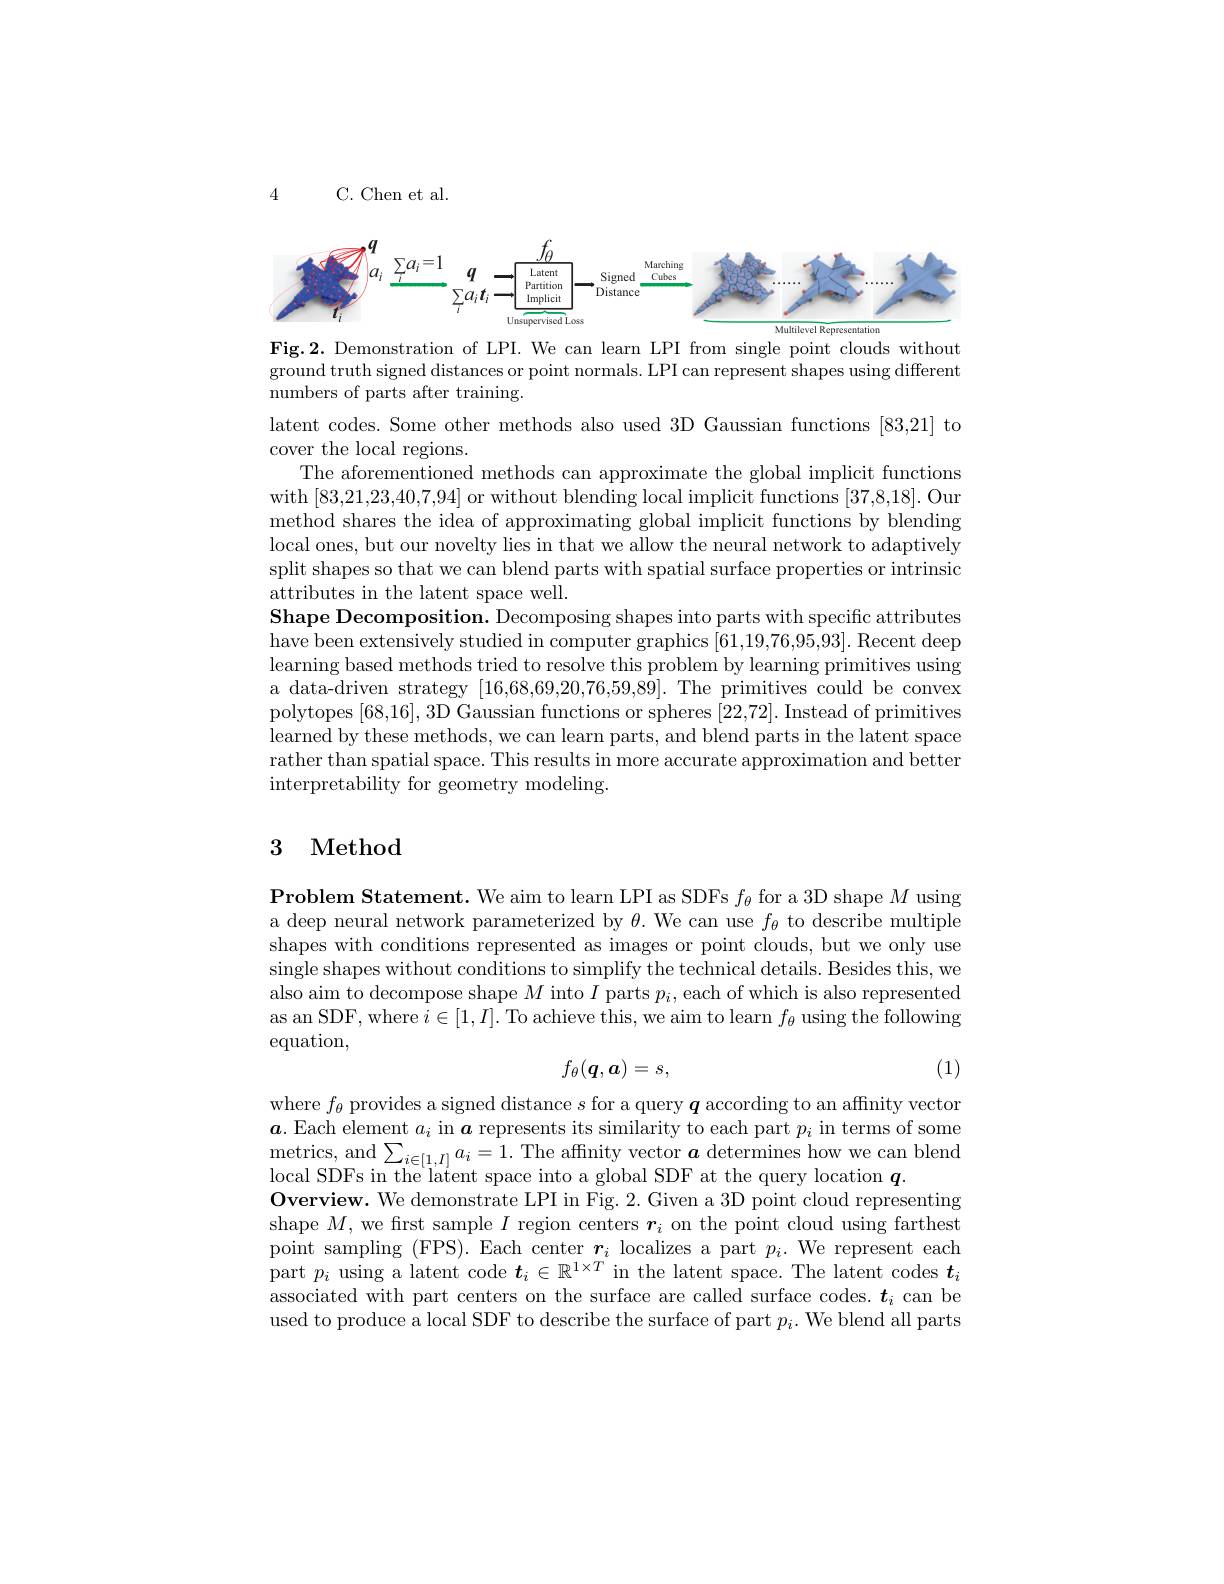
4

C. Chen et al
$$\begin{array}{ccccccccccccccccccccccccccccccccccccccccccccccccccccccccccccccccccccccccccccccccccccccccccccccc}\end{array}$$
latent codes. Some other methods also used 3D Gaussian functions [83,21] to

Fig.2. Demonstration of LPI. We can learn LPI from single point clouds without ground truth signed distances or point normals. LPI can represent shapes using different numbers of parts after training.
cover the local regions.
The aforementioned methods can approximate the global implicit functions with [83,21,23,40,7,94] or without blending local implicit functions [37,8,18]. Our method shares the idea of approximating global implicit functions by blending local ones, but our novelty lies in that we allow the neural network to adaptively split shapes so that we can blend parts with spatial surface properties or intrinsic attributes in the latent space well.
Shape Decomposition. Decomposing shapes into parts with specific attributes have been extensively studied in computer graphics [61,19,76,95,93]. Recent deep learning based methods tried to resolve this problem by learning primitives using a data-driven strategy [16,68,69,20,76,59,89]. The primitives could be convex polytopes [68,16],3D Gaussian functions or spheres [22,72]. Instead of primitives learned by these methods, we can learn parts, and blend parts in the latent space rather than spatial space. This results in more accurate approximation and better interpretability for geometry modeling.

# 3 Method

Problem Statement. We aim to learn LPI as SDFs $f_\theta$ for a 3D shape $M$ using a deep neural network parameterized by $\theta.$ We can use $f_\theta$ to describe multiple shapes with conditions represented as images or point clouds, but we only use single shapes without conditions to simplify the technical details. Besides this, we also aim to decompose shape $M$ into $I$ parts $p_i$,each of which is also represented as an SDF, where $i\in[1,I].$ To achieve this, we aim to learn $f_\theta$ using the following equation,

(1)
$$f_\theta(\boldsymbol{q},\boldsymbol{a})=s,$$
where $f_\theta$ provides a signed distance $s$ for a query $q$ according to an affinity vector $\boldsymbol{a}.$ Each element $a_i$ in $\boldsymbol{a}$ represents its similarity to each part $p_i$ in terms of some local SDFs in the latent space into a global SDF at the query location $q.$
$\textbf{Overview. We demonstrate LPI in Fig. 2. Given a 3D point cloud representing}$ shape $M$, we first sample $I$ region centers $\boldsymbol r_i$ on the point cloud using farthest point sampling (FPS). Each center $r_i$ localizes a part $p_i.$ We represent each part $p_i$ using a latent code $t_i\in\mathbb{R}^{1\times T}$ in the latent space. The latent codes $t_i$ associated with part centers on the surface are called surface codes. $\boldsymbol{t}_i$ can be used to produce a local SDF to describe the surface of part $p_i.$ We blend all parts